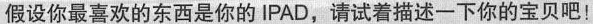
假设你最喜欢的东西是你的IPAD，请试着描述一下你的宝贝吧！